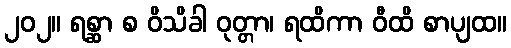
၂၀၂။ ရစ္ဆာ စ ဝိသိခါ ဝုတ္တာ၊ ရထိကာ ဝီထိ စာပျထ။